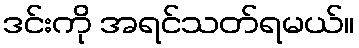
ဒင်းကို အရင်သတ်ရမယ်။